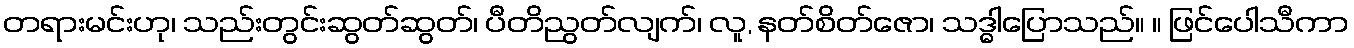
တရားမင်းဟု၊ သည်းတွင်းဆွတ်ဆွတ်၊ ပီတိညွတ်လျက်၊ လူ, နတ်စိတ်ဇော၊ သဒ္ဓါပြောသည်။ ။ ဖြင်ပေါသီကာ